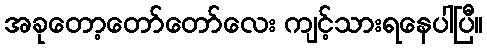
အခုတော့တော်တော်လေး ကျင့်သားရနေပါပြီ။